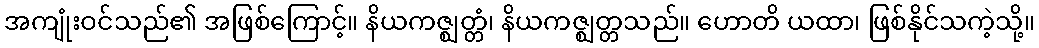
အကျုံးဝင်သည်၏ အဖြစ်ကြောင့်။ နိယကဇ္ဈတ္တံ၊ နိယကဇ္ဈတ္တသည်။ ဟောတိ ယထာ၊ ဖြစ်နိုင်သကဲ့သို့။